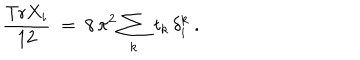
LaTeX: \frac { \mathrm { T r } X _ { i } } { 1 2 } \ = \ 8 \, \pi ^ { 2 } \sum _ { k } \: t _ { k } \, \delta _ { i } ^ { k } \ .